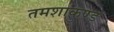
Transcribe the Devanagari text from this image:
तमशाकुण्ड